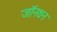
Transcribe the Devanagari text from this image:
जॉनथन